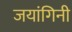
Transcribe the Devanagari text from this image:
जयांगिनी